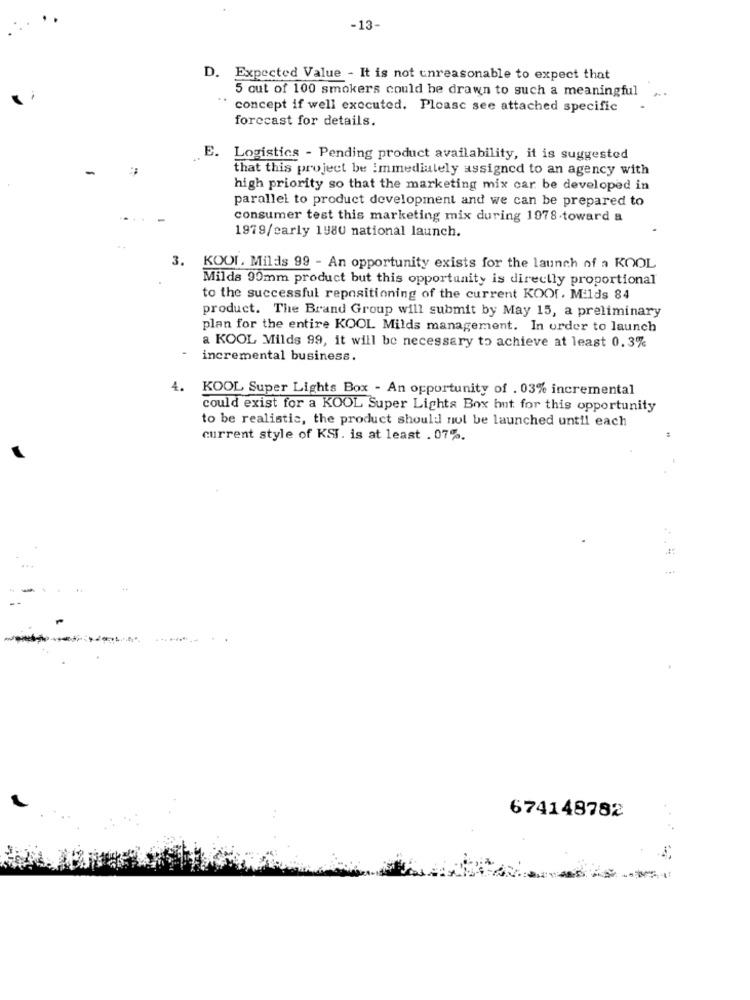
-13-
D. Expected Value - It is not unreasonable to expect that
5 out of 100 smokers could be drawn to such a meaningful
..
concept if well executed. Please see attached specific
forecast for details.
E. Logistics - Pending product availability, it is suggested
that this project be Immediately assigned to an agency with
high priority so that the marketing mix car be developed in
parallel to product development and we can be prepared to
consumer test this marketing mix during 1978-toward a
1979/early 1980 national launch.
3. KOOL. Milds 99 - An opportunity exists for the launch of a KOOL
Milds 90mm product but this opportunity is directly proportional
to the successful repositioning of the current KOOf, Milds 84
product. The Brand Group will submit by May 15, a preliminary
plan for the entire KOOL Milds management. In order to launch
a KOOL Milds 99, it will be necessary to achieve at least 0.3%
incremental business.
4. KOOL Super Lights Box - An opportunity of . 03% incremental
could exist for a KOOL Super Lights Box hut for this opportunity
to be realistic, the product should not be launched until each
current style of KSI. is at least . 07%.
674148782